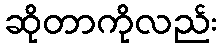
ဆိုတာကိုလည်း